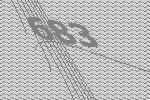
683